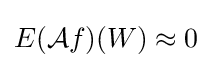
E({\mathcal {A}}f)(W)\approx 0